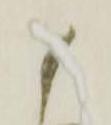
御